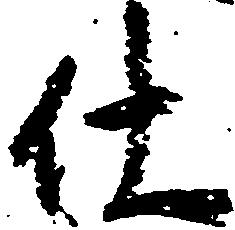
仕